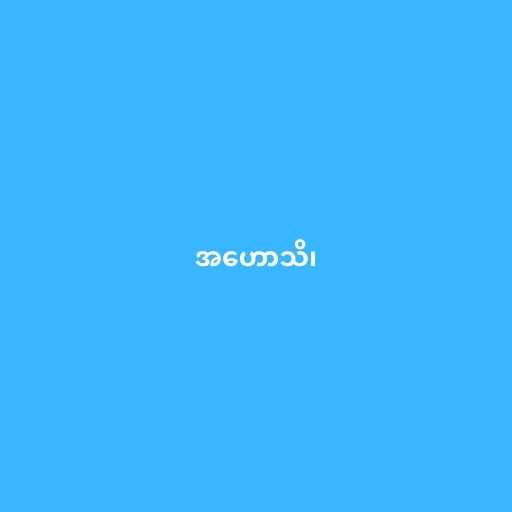
အဟောသိ၊